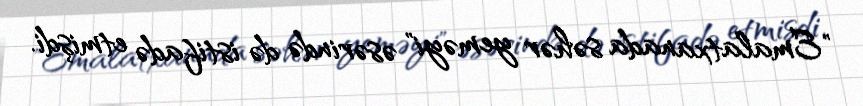
"Emalatxanada səhər yeməyi" əsərində də istifadə etmişdi.